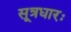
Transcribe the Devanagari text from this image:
सूत्रधारः